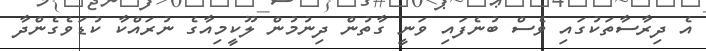
އެ ދިރާސާތަކުގައި ވެސް ބުނެފައި ވަނީ ގާތުން ދިނުމުން ލޫކީމިއާގެ ނުރައްކާ ކުޑަވެގެންދާ